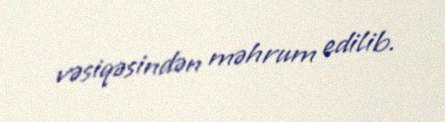
vəsiqəsindən məhrum edilib.